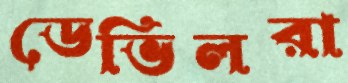
ডেভিলরা